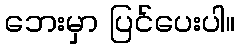
ဘေးမှာ ပြင်ပေးပါ။